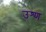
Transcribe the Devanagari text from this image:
उश्ण